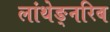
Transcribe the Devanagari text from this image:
लांथेङ्नरिब